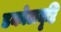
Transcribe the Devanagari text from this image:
डकोटादृष्टि